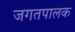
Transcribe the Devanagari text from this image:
जगतपालक